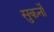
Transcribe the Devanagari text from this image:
सुकर्नो